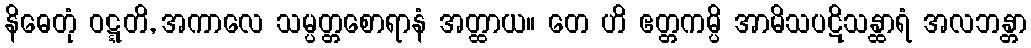
နိဓေတုံ ဝဋ္ဋတိ, အကာလေ သမ္ပတ္တစောရာနံ အတ္ထာယ။ တေ ဟိ ဧတ္တကမ္ပိ အာမိသပဋိသန္ထာရံ အလဘန္တာ